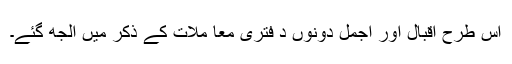
اس طرح اقبال اور اجمل دونوں د فتری معا ملات کے ذکر میں الجھ گئے۔